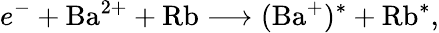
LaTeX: e^{-}+\mathrm{Ba}^{2+}+\mathrm{Rb}\longrightarrow(\mathrm{Ba}^{+})^{*}+\mathrm{Rb}^{*},